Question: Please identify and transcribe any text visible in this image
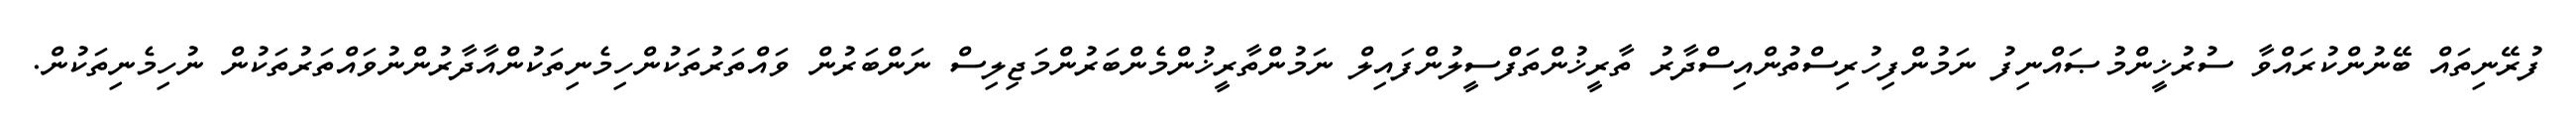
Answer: ފުރޭނިތައް ބޭނުންކުރައްވާ ސުރުޚީންމުޞައްނިފު ނަމުންފިހުރިސްތުންއިސްދާރު ތާރީޚުންތަފްސީލުންފައިލް ނަމުންތާރީޚުންމެންބަރުންމަޖިލިސް ނަންބަރުން ވައްތަރުތަކުންހިމެނިތަކުންއާދާރުންނުވައްތަރުތަކުން ނުހިމެނިތަކުން.